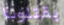
يقتلونا